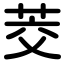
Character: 茭